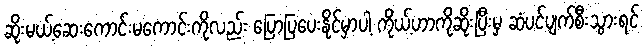
ဆိုးမယ့်ဆေးကောင်းမကောင်းကိုလည်း ပြောပြပေးနိုင်မှာပါ့ ကိုယ့်ဟာကိုဆိုးပြီးမှ ဆံပင်ပျက်စီးသွားရင်